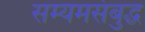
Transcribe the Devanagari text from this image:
सम्यमसंबुद्ध